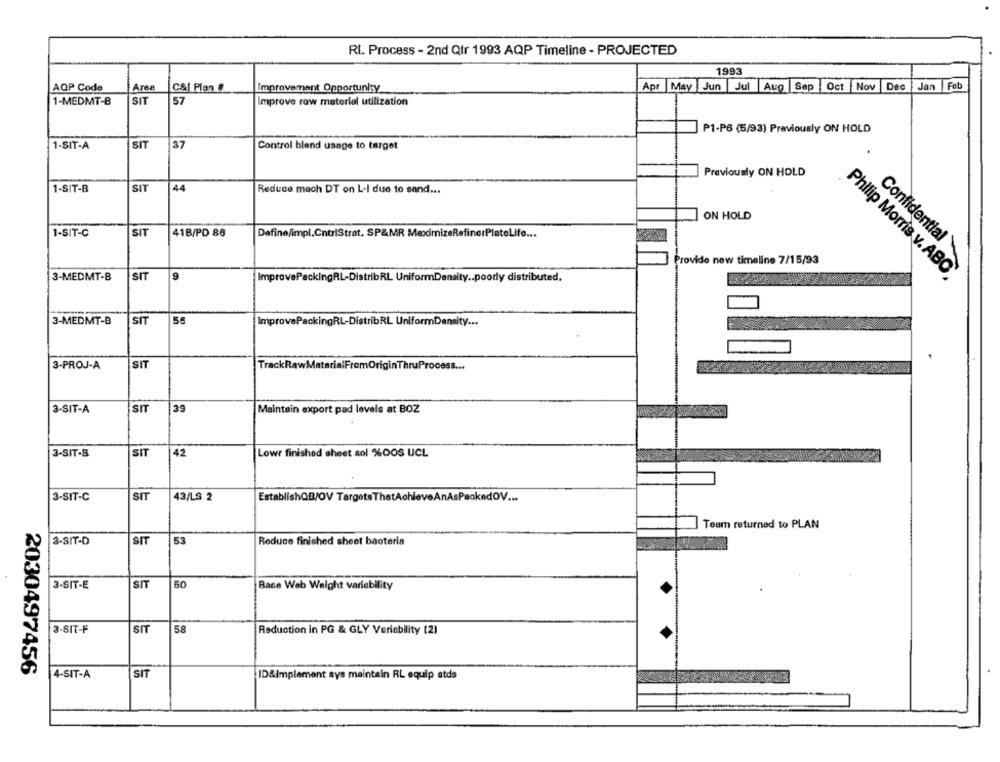
Rt. Process - 2nd Qtr 1993 AQP Timeline - PROJECTED
1993
AQP Code
Area
C&| Plan #
Improvement Opportunity
Apr
May Jun Jul Aug
Sap
Oct Nov
Dec
Jan Feb
SIT
57
1-MEDMT-B
Improve raw material utilization
P1-P6 (5/93) Previously ON HOLD
1-SIT-A
SIT
37
Control blend usage to target
Previously ON HOLD
1-SIT-B
SIT
44
Reduce mach DT on L-I due to sand ...
ON HOLD
1-SIT-C
SIT
41B/PD 86
Define/impl.CntrlStrat, SP&MR MaximizeRefinerPlateLife ...
Confidential
Provide now timeline 7/15/93
Philip Morris v. ABC
3-MEDMT-B
SIT
9
ImprovePackingRL-DistribRL UniformDensity .. poorly distributed.
3-MEDMT-B
SIT
ImprovePackingRL-DistribRL UniformDensity ...
3-PROJ-A
SIT
TrackRawMaterialFromOriginThruProcess ...
3-SIT-A
SIT
39
Maintain export pad levels at BOZ
3-SIT-8
SIT
42
Lowr finished sheet sol %DOS UCL
SIT
3-SIT-C
43/LS 2
EstablishQB/OV TargetsThatAchieveAnAsPackedOV ...
Team returned to PLAN
3-SIT-D
SIT
53
Reduce finished sheet bacteria
3-SIT-E
SIT
50
Base Web Weight variability
3-SIT-F
SIT
58
Reduction in PG & GLY Veriability (2)
2030497456
4-SIT-A
SIT
ID&Implement sys maintain RL equip stds